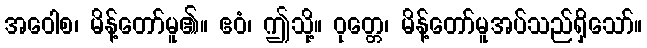
အဝေါစ၊ မိန့်တော်မူ၏။ ဧဝံ၊ ဤသို့။ ဝုတ္တေ၊ မိန့်တော်မူအပ်သည်ရှိသော်။